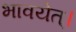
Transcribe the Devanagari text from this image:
भावयेत्‌।